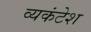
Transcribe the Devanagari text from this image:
व्यकंटेश